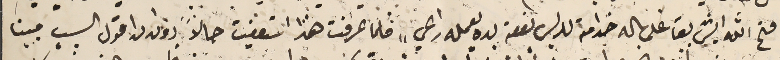
فتح الله ايش بقا على باله خدامته للريس بعفة يده يعمله راعي" فلما عرفت هذا استعفيت حالاً دون ان اقول السبب مبينا